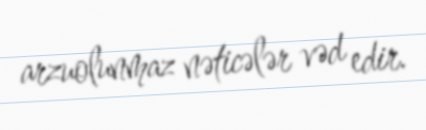
arzuolunmaz nəticələr vəd edir.